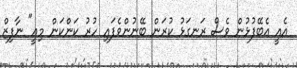
އެއީ އެބޭފުޅުން ވެސް ރަނގަޅު ކުރަން ބޭނުންވެފައި ހުރު ކަންކަން މިއީ" ނާފިޒް